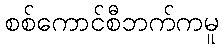
စစ်ကောင်စီဘက်ကမူ